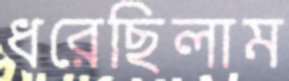
ধরেছিলাম